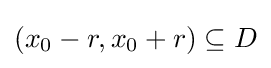
(x_{0}-r,x_{0}+r)\subseteq D